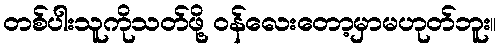
တစ်ပါးသူကိုသတ်ဖို့ ဝန်လေးတော့မှာမဟုတ်ဘူး။